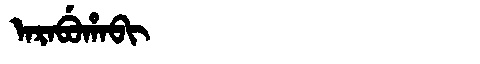
Manchu: ᠠᡵᠠᠪᡠᡥᠠᠪᡳ
Romanization: ARABUHABI